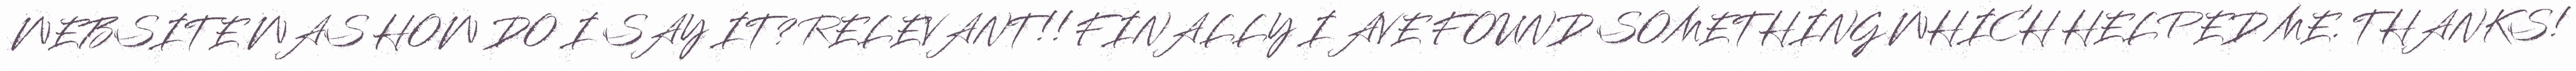
WEBSITE WAS HOW DO I SAY IT? RELEVANT!! FINALLY I AVE FOUND SOMETHING WHICH HELPED ME. THANKS!